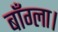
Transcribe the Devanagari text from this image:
बाँग्ला।